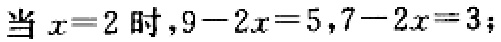
当 \(x = 2\) 时，\(9 - 2x = 5\)，\(7 - 2x = 3\)；